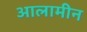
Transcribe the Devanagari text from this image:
आलामीन